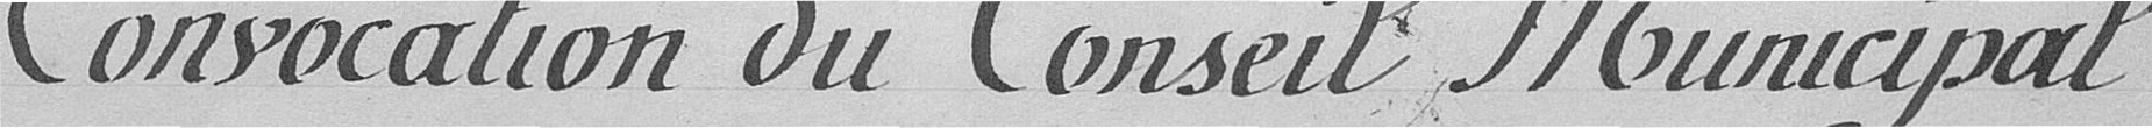
Convocation du Conseil Municipal